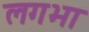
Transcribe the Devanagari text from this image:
लगभा